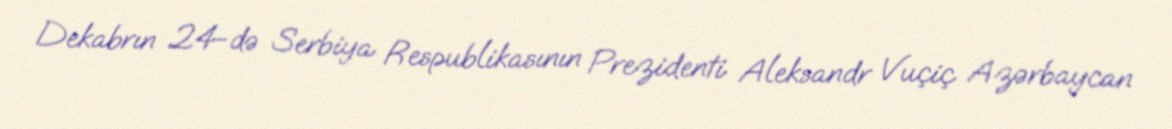
Dekabrın 24-də Serbiya Respublikasının Prezidenti Aleksandr Vuçiç Azərbaycan